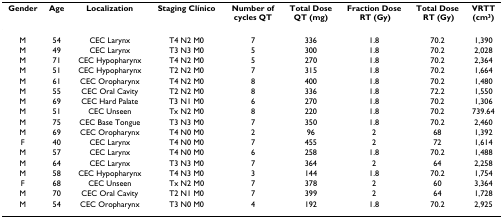
| Gender | Age | Localization | Staging Clínico | Number of cycles QT | Total DoseQT (mg) | Fraction Dose RT (Gy) | Total Dose RT (Gy) | VRTT(cm3) |
 | --- | --- | --- | --- | --- | --- | --- | --- | --- |
 | M | 54 | CEC Larynx | T4 N2 M0 | 7 | 336 | 1.8 | 70.2 | 1,390 |
 | M | 49 | CEC Larynx | T3 N3 M0 | 5 | 300 | 1.8 | 70.2 | 2,028 |
 | M | 71 | CEC Hypopharynx | T4 N2 M0 | 5 | 270 | 1.8 | 70.2 | 2,364 |
 | M | 51 | CEC Hypopharynx | T2 N2 M0 | 7 | 315 | 1.8 | 70.2 | 1,664 |
 | M | 61 | CEC Oropharynx | T4 N2 M0 | 8 | 400 | 1.8 | 70.2 | 1,480 |
 | M | 55 | CEC Oral Cavity | T2 N2 M0 | 8 | 336 | 1.8 | 72.2 | 1,550 |
 | M | 69 | CEC Hard Palate | T3 N1 M0 | 6 | 270 | 1.8 | 70.2 | 1,306 |
 | M | 51 | CEC Unseen | Tx N2 M0 | 8 | 220 | 1.8 | 70.2 | 739.64 |
 | M | 75 | CEC Base Tongue | T3 N3 M0 | 7 | 350 | 1.8 | 70.2 | 2,460 |
 | M | 69 | CEC Oropharynx | T4 N0 M0 | 2 | 96 | 2 | 68 | 1,392 |
 | F | 40 | CEC Larynx | T4 N0 M0 | 7 | 455 | 2 | 72 | 1,614 |
 | M | 57 | CEC Larynx | T4 N0 M0 | 6 | 258 | 1.8 | 70.2 | 1,488 |
 | M | 64 | CEC Larynx | T3 N3 M0 | 7 | 364 | 2 | 64 | 2,258 |
 | M | 58 | CEC Hypopharynx | T4 N3 M0 | 3 | 144 | 1.8 | 70.2 | 1,754 |
 | F | 68 | CEC Unseen | Tx N2 M0 | 7 | 378 | 2 | 60 | 3,364 |
 | M | 70 | CEC Oral Cavity | T2 N1 M0 | 7 | 399 | 2 | 64 | 1,728 |
 | M | 54 | CEC Oropharynx | T3 N0 M0 | 4 | 192 | 1.8 | 70.2 | 2,925 |